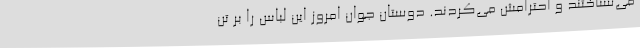
می‌شناختند و احترامش می‌کردند. دوستان جوان امروز این لباس را بر تن